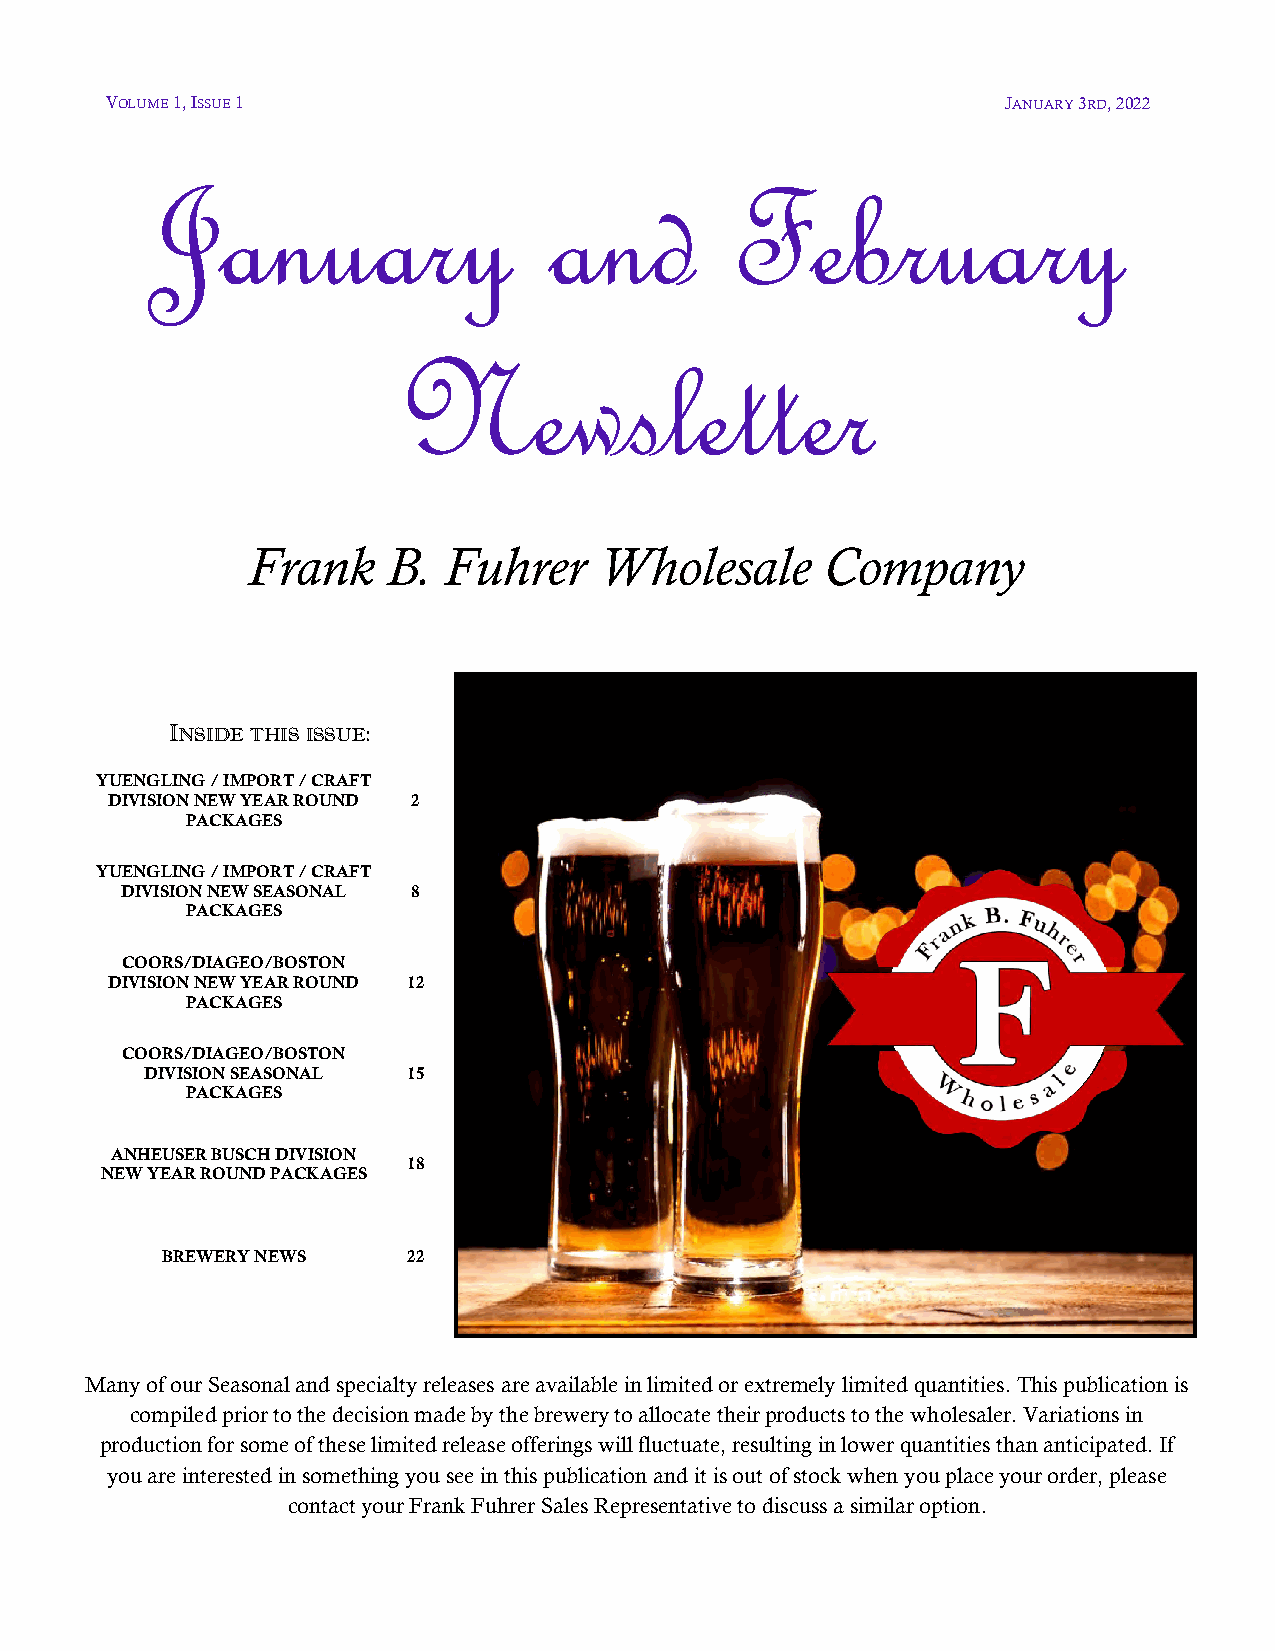
VOLUME 1, ISSUE 1                                           JANUARY 3RD, 2022
 January                   and         February
 Newsletter
 Frank     B. Fuhrer     Wholesale      Company
 INSIDE THIS ISSUE:
 YUENGLING / IMPORT / CRAFT
 DIVISION NEW YEAR ROUND 2
 PACKAGES
 YUENGLING / IMPORT / CRAFT
 DIVISION NEW SEASONAL 8
 PACKAGES
 COORS/DIAGEO/BOSTON
 DIVISION NEW YEAR ROUND 12
 PACKAGES
 COORS/DIAGEO/BOSTON
 DIVISION SEASONAL 15
 PACKAGES
 ANHEUSER BUSCH DIVISION
 18
 NEW YEAR ROUND PACKAGES
 BREWERY NEWS    22
 Many of our Seasonal and specialty releases are available in limited or extremely limited quantities. This publication is
 compiled prior to the decision made by the brewery to allocate their products to the wholesaler. Variations in
 production for some of these limited release offerings will fluctuate, resulting in lower quantities than anticipated. If
 you are interested in something you see in this publication and it is out of stock when you place your order, please
 contact your Frank Fuhrer Sales Representative to discuss a similar option.